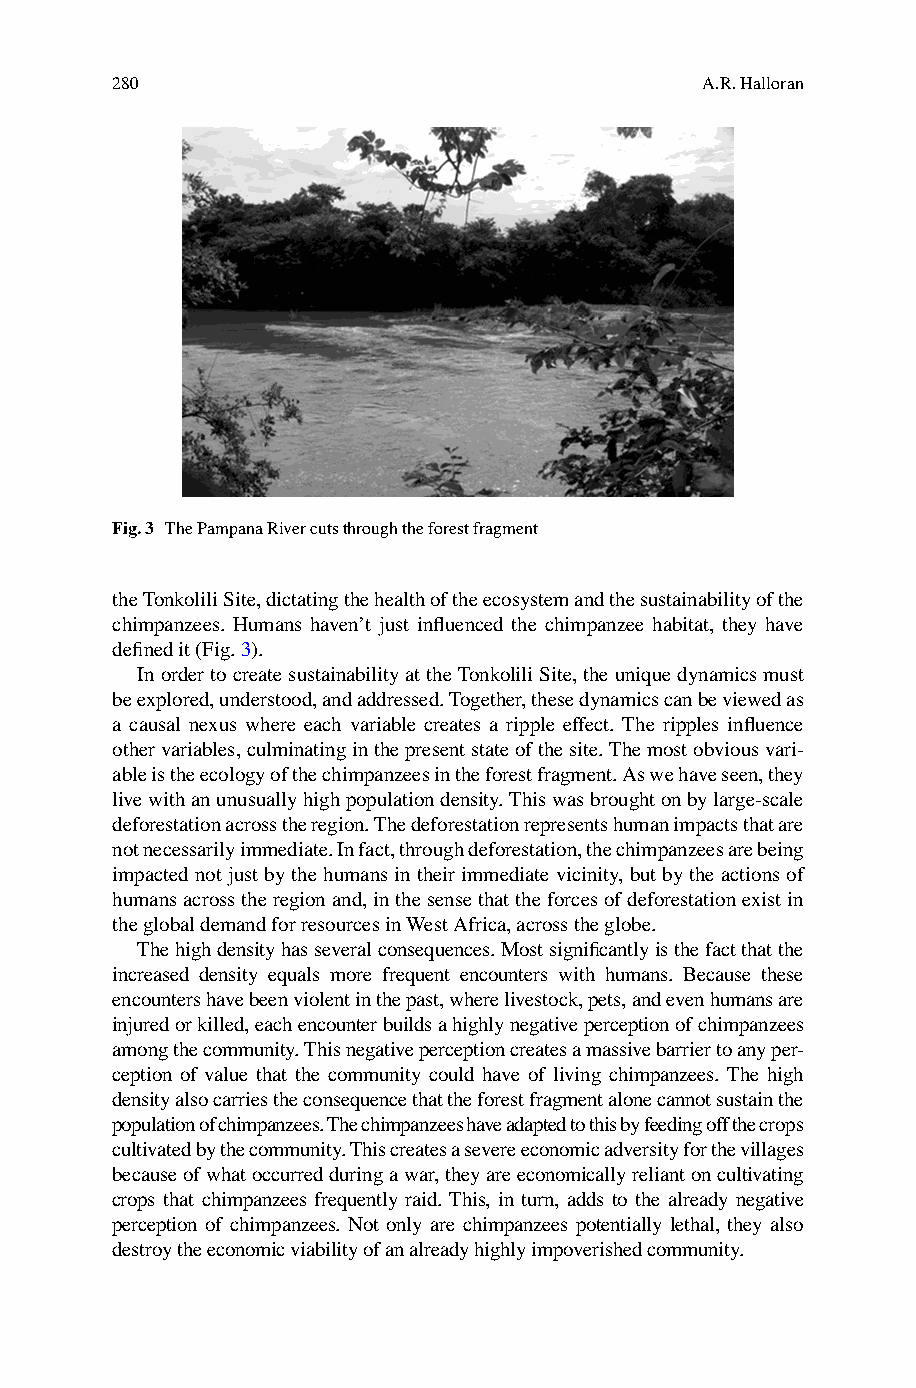
280                                    A.R. Halloran
 Fig. 3 The Pampana River cuts through the forest fragment
 the Tonkolili Site, dictating the health of the ecosystem and the sustainability of the
 c himpanzees. Humans haven’t just infl uenced the chimpanzee habitat, they have
 defi ned it (Fig. 3 ).
 In order to create sustainability at the Tonkolili Site, the unique dynamics must
 be explored, understood, and addressed. Together, these dynamics can be viewed as
 a causal nexus where each variable creates a ripple effect. The ripples infl uence
 other variables, culminating in the present state of the site. The most obvious vari-
 able is the ecology of the chimpanzees in the forest fragment. As we have seen, they
 live with an unusually high population density. This was brought on by large-scale
 deforestation across the region. The deforestation represents human impacts that are
 not necessarily immediate. In fact, through deforestation, the chimpanzees are being
 impacted not just by the humans in their immediate vicinity, but by the actions of
 humans across the region and, in the sense that the forces of deforestation exist in
 the global demand for resources in West Africa , across the globe.
 The high density has several consequences. Most signifi cantly is the fact that the
 increased density equals more frequent encounters with humans. Because these
 encounters have been violent in the past, where livestock, pets, and even humans are
 injured or killed, each encounter builds a highly negative perception of chimpanzees
 among the community. This negative perception creates a massive barrier to any per-
 ception of value that the community could have of living chimpanzees . The high
 density also carries the consequence that the forest fragment alone cannot sustain the
 population of chimpanzees . The chimpanzees have adapted to this by feeding off the crops
 cultivated by the community. This creates a severe economic adversity for the villages
 because of what occurred during a war, they are economically reliant on cultivating
 crops that chimpanzees frequently raid. This, in turn, adds to the already negative
 perception of chimpanzees . Not only are chimpanzees potentially lethal, they also
 destroy the economic viability of an already highly impoverished community.